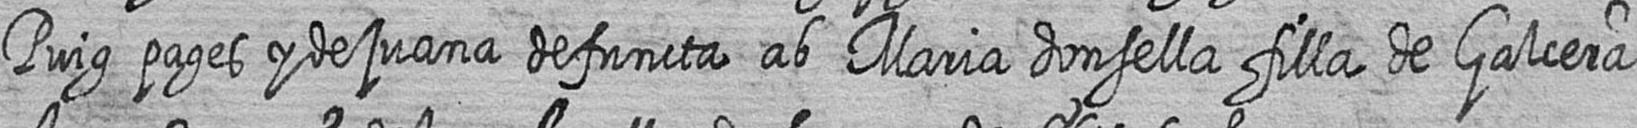
Puig pages y de juana defuncta ab Maria donsella filla de Galcera